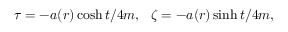
\tau = - a ( r ) \cosh t / 4 m , ~ ~ \zeta = - a ( r ) \sinh t / 4 m ,